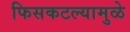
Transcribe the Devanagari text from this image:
फिसकटल्यामुळे